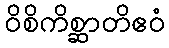
ဝိစိကိစ္ဆာတိဧဝံ